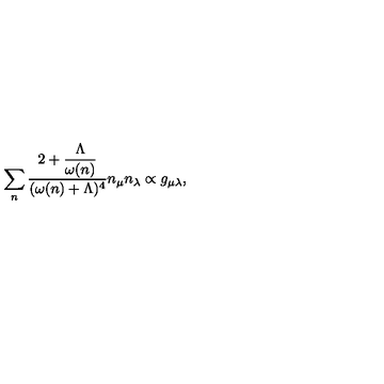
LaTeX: \sum _ { n } \frac { 2 + \displaystyle { \frac { \Lambda } { \omega ( n ) } } } { ( \omega ( n ) + \Lambda ) ^ { 4 } } n _ { \mu } n _ { \lambda } \propto g _ { \mu \lambda } ,